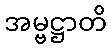
အမ္ဗဋ္ဌာတိ